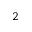
^ { 2 }